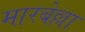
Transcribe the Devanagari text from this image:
मारबेल्ला